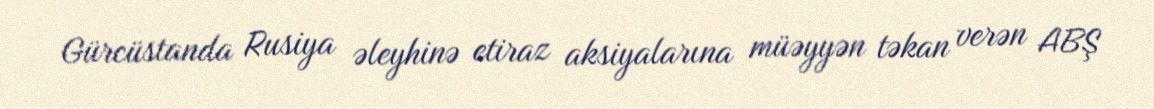
Gürcüstanda Rusiya əleyhinə etiraz aksiyalarına müəyyən təkan verən ABŞ